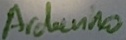
Text: Ardiuno